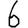
Digit: 6